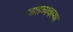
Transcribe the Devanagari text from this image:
जातव्यवस्था